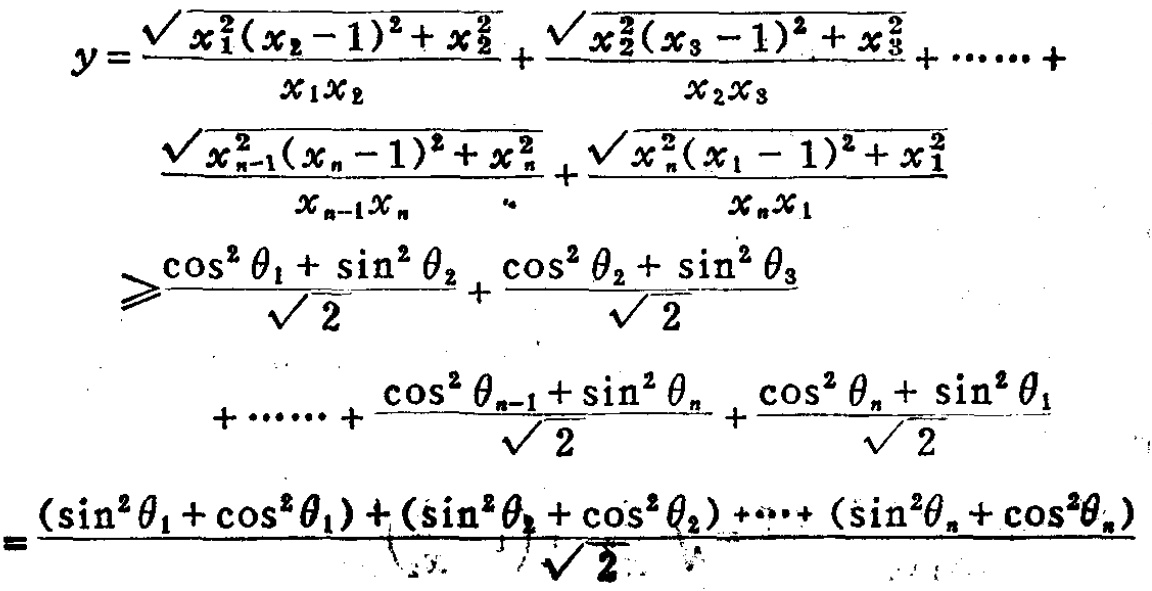
\[
\begin{align*}
y&=\frac{\sqrt{x_{1}^{2}(x_{2} - 1)^{2}+x_{2}^{2}}}{x_{1}x_{2}}+\frac{\sqrt{x_{2}^{2}(x_{3} - 1)^{2}+x_{3}^{2}}}{x_{2}x_{3}}+\cdots\cdots+\\
&\frac{\sqrt{x_{n - 1}^{2}(x_{n} - 1)^{2}+x_{n}^{2}}}{x_{n - 1}x_{n}}+\frac{\sqrt{x_{n}^{2}(x_{1} - 1)^{2}+x_{1}^{2}}}{x_{n}x_{1}}\\
&\geqslant\frac{\cos^{2}\theta_{1}+\sin^{2}\theta_{2}}{\sqrt{2}}+\frac{\cos^{2}\theta_{2}+\sin^{2}\theta_{3}}{\sqrt{2}}\\
&+\cdots\cdots+\frac{\cos^{2}\theta_{n - 1}+\sin^{2}\theta_{n}}{\sqrt{2}}+\frac{\cos^{2}\theta_{n}+\sin^{2}\theta_{1}}{\sqrt{2}}\\
&=\frac{(\sin^{2}\theta_{1}+\cos^{2}\theta_{1})+(\sin^{2}\theta_{2}+\cos^{2}\theta_{2})+\cdots+(\sin^{2}\theta_{n}+\cos^{2}\theta_{n})}{\sqrt{2}}
\end{align*}
\]